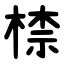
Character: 㮏